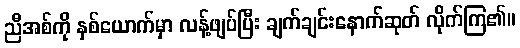
ညီအစ်ကို နှစ်ယောက်မှာ လန့်ဖျပ်ပြီး ချက်ချင်းနောက်ဆုတ် လိုက်ကြ၏။